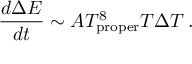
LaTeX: { \frac { d \Delta E } { d t } } \sim A T _ { \mathrm { p r o p e r } } ^ { 8 } T \Delta T \, .